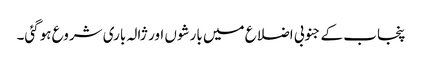
پنجاب کے جنوبی اضلاع میں بارشوں اور ژالہ باری شروع ہوگئی۔